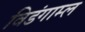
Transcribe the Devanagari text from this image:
विडंगाम्ल